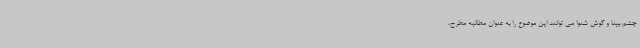
چشم بینا و گوش شنوا می توانند این موضوع را به عنوان مطالبه مطرح،